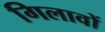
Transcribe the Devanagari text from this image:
गिलावों